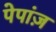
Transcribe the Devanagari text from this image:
पेपांज़